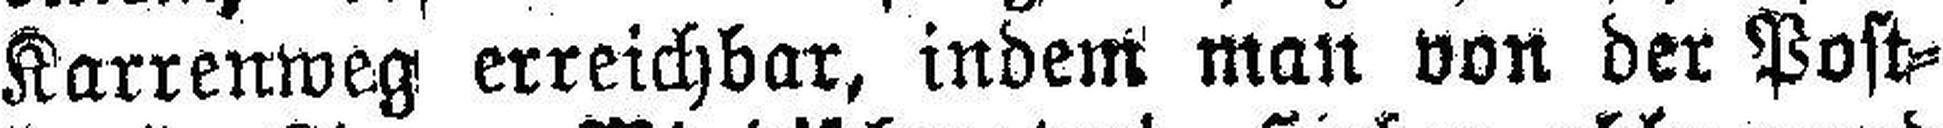
Karrenweg erreichbar, indem man von der Post¬